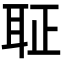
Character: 聇